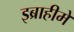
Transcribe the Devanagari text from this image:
इब्राहीमे